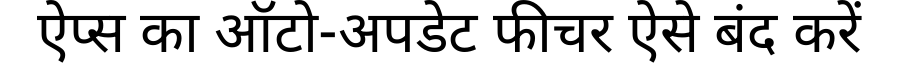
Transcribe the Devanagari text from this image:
ऐप्स का ऑटो-अपडेट फीचर ऐसे बंद करें